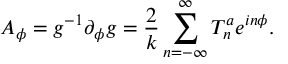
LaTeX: A _ { \phi } = g ^ { - 1 } \partial _ { \phi } g = \frac { 2 } { k } \sum _ { n = - \infty } ^ { \infty } T _ { n } ^ { a } e ^ { i n \phi } .